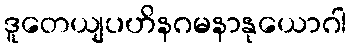
ဒူတေယျပဟိနဂမနာနုယောဂါ